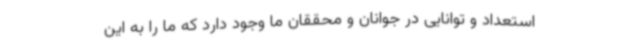
استعداد و توانایی در جوانان و محققان ما وجود دارد که ما را به این